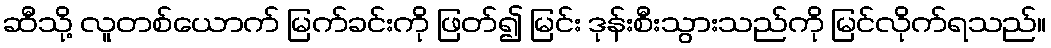
ဆီသို့ လူတစ်ယောက် မြက်ခင်းကို ဖြတ်၍ မြင်း ဒုန်းစီးသွားသည်ကို မြင်လိုက်ရသည်။